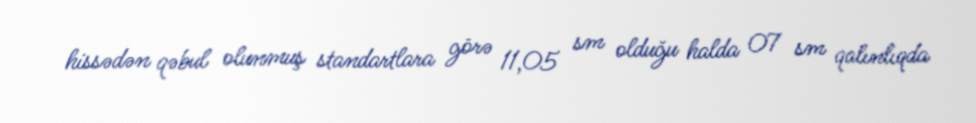
hissədən qəbul olunmuş standartlara görə 11,05 sm olduğu halda 07 sm qalınlıqda